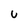
Character: U